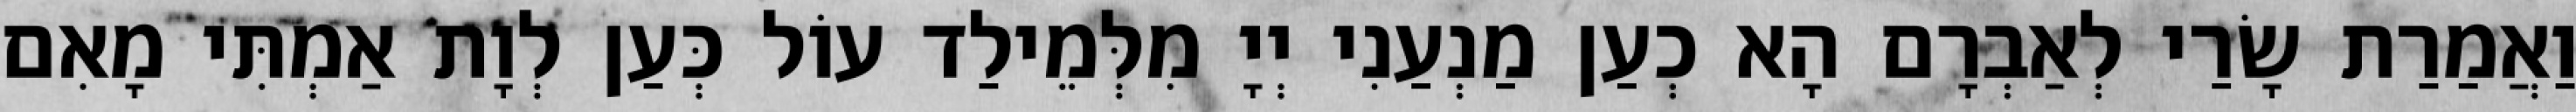
וַאֲמַרַת שָׂרַי לְאַבְרָם הָא כְעַן מַנְעַנִי יְיָ מִלְּמֵילַד עוֹל כְּעַן לְוָת אַמְתִּי מָאִם